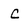
Character: C